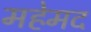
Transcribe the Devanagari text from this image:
महेमद